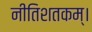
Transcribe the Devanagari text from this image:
नीतिशतकम्।